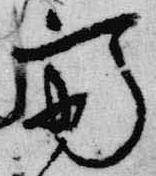
斎